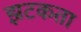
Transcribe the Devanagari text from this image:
झटकता